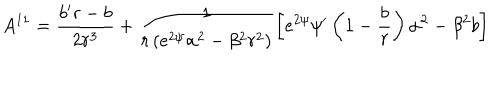
A ^ { 1 1 } = \frac { b ^ { \prime } r - b } { 2 r ^ { 3 } } + \frac { 1 } { r \left( e ^ { 2 \psi } \alpha ^ { 2 } - \beta ^ { 2 } r ^ { 2 } \right) } \left[ e ^ { 2 \psi } \psi ^ { \prime } \left( 1 - \frac { b } { r } \right) \alpha ^ { 2 } - \beta ^ { 2 } b \right]